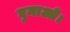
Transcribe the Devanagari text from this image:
घुमाओ।